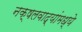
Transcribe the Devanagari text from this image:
नक्षलवाद्यांमध्ये